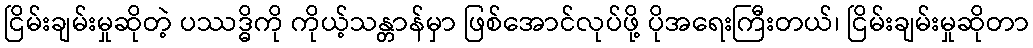
ငြိမ်းချမ်းမှုဆိုတဲ့ ပဿဒ္ဓိကို ကိုယ့်သန္တာန်မှာ ဖြစ်အောင်လုပ်ဖို့ ပိုအရေးကြီးတယ်၊ ငြိမ်းချမ်းမှုဆိုတာ